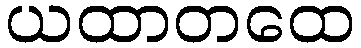
ယထာတထေ